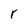
Character: r